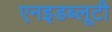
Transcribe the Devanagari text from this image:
एनइडब्लूटी